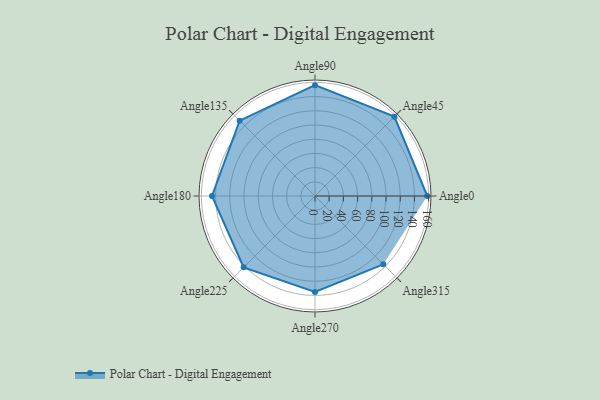
{"axis": {"x": "Angle", "y": "Radius"}, "legend": [""], "data": [{"x": "Angle0", "y": 158.0, "type": ""}, {"x": "Angle45", "y": 158.0, "type": ""}, {"x": "Angle90", "y": 156.0, "type": ""}, {"x": "Angle135", "y": 150.0, "type": ""}, {"x": "Angle180", "y": 145.0, "type": ""}, {"x": "Angle225", "y": 142.0, "type": ""}, {"x": "Angle270", "y": 135.0, "type": ""}, {"x": "Angle315", "y": 136.0, "type": ""}]}